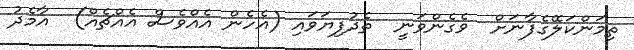
ތިމަންކަލޭގެފާނަށް  ވެގެންވަނީ  ތެދުފިޔަވައި (އެހެން އެއްވެސް އެއްޗެއް)  އާމެދު